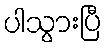
ပါသွားပြီ